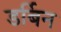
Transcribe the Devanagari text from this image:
डर्बिन